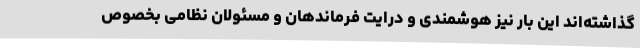
گذاشته‌اند این بار نیز هوشمندی و درایت فرماندهان و مسئولان نظامی بخصوص